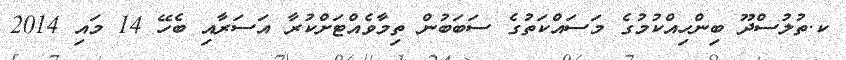
ކ.ތުލުސްދޫ ބިންހިއްކުމުގެ މަސައްކަތުގެ ސަބަބުން ތިމާވެއްޓަށްކުރާ އަސަރާއި ބެހޭ 14 މައި 2014